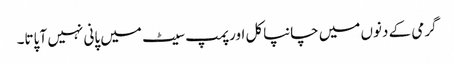
گرمی کے دنوں میں چانپاکل اور پمپ سیٹ میں پانی نہیں آ پاتا۔